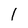
Character: l